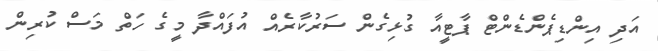
އަދި އިންޑިޕެންޑެންޓް ޕާޓީއާ ގުޅިގެން ސަރުކާރެއް އުފައްދާ މީގެ ހަތް މަސް ކުރިން